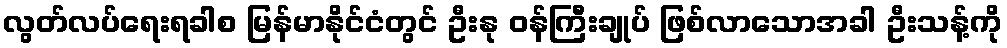
လွတ်လပ်ရေးရခါစ မြန်မာနိုင်ငံတွင် ဦးနု ဝန်ကြီးချုပ် ဖြစ်လာသောအခါ ဦးသန့်ကို